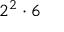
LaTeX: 2 ^ { 2 } \cdot 6